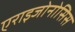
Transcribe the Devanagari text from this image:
एराइजोनोसिस